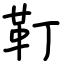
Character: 靪